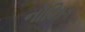
નોઝિક